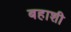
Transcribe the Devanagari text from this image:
बहाशी